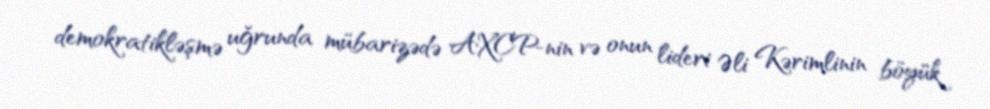
demokratikləşmə uğrunda mübarizədə AXCP-nin və onun lideri Əli Kərimlinin böyük